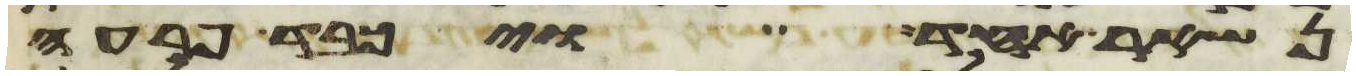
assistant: נשאר אחד ויכבד פרעה